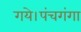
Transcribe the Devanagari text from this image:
गये।पंचगंगा